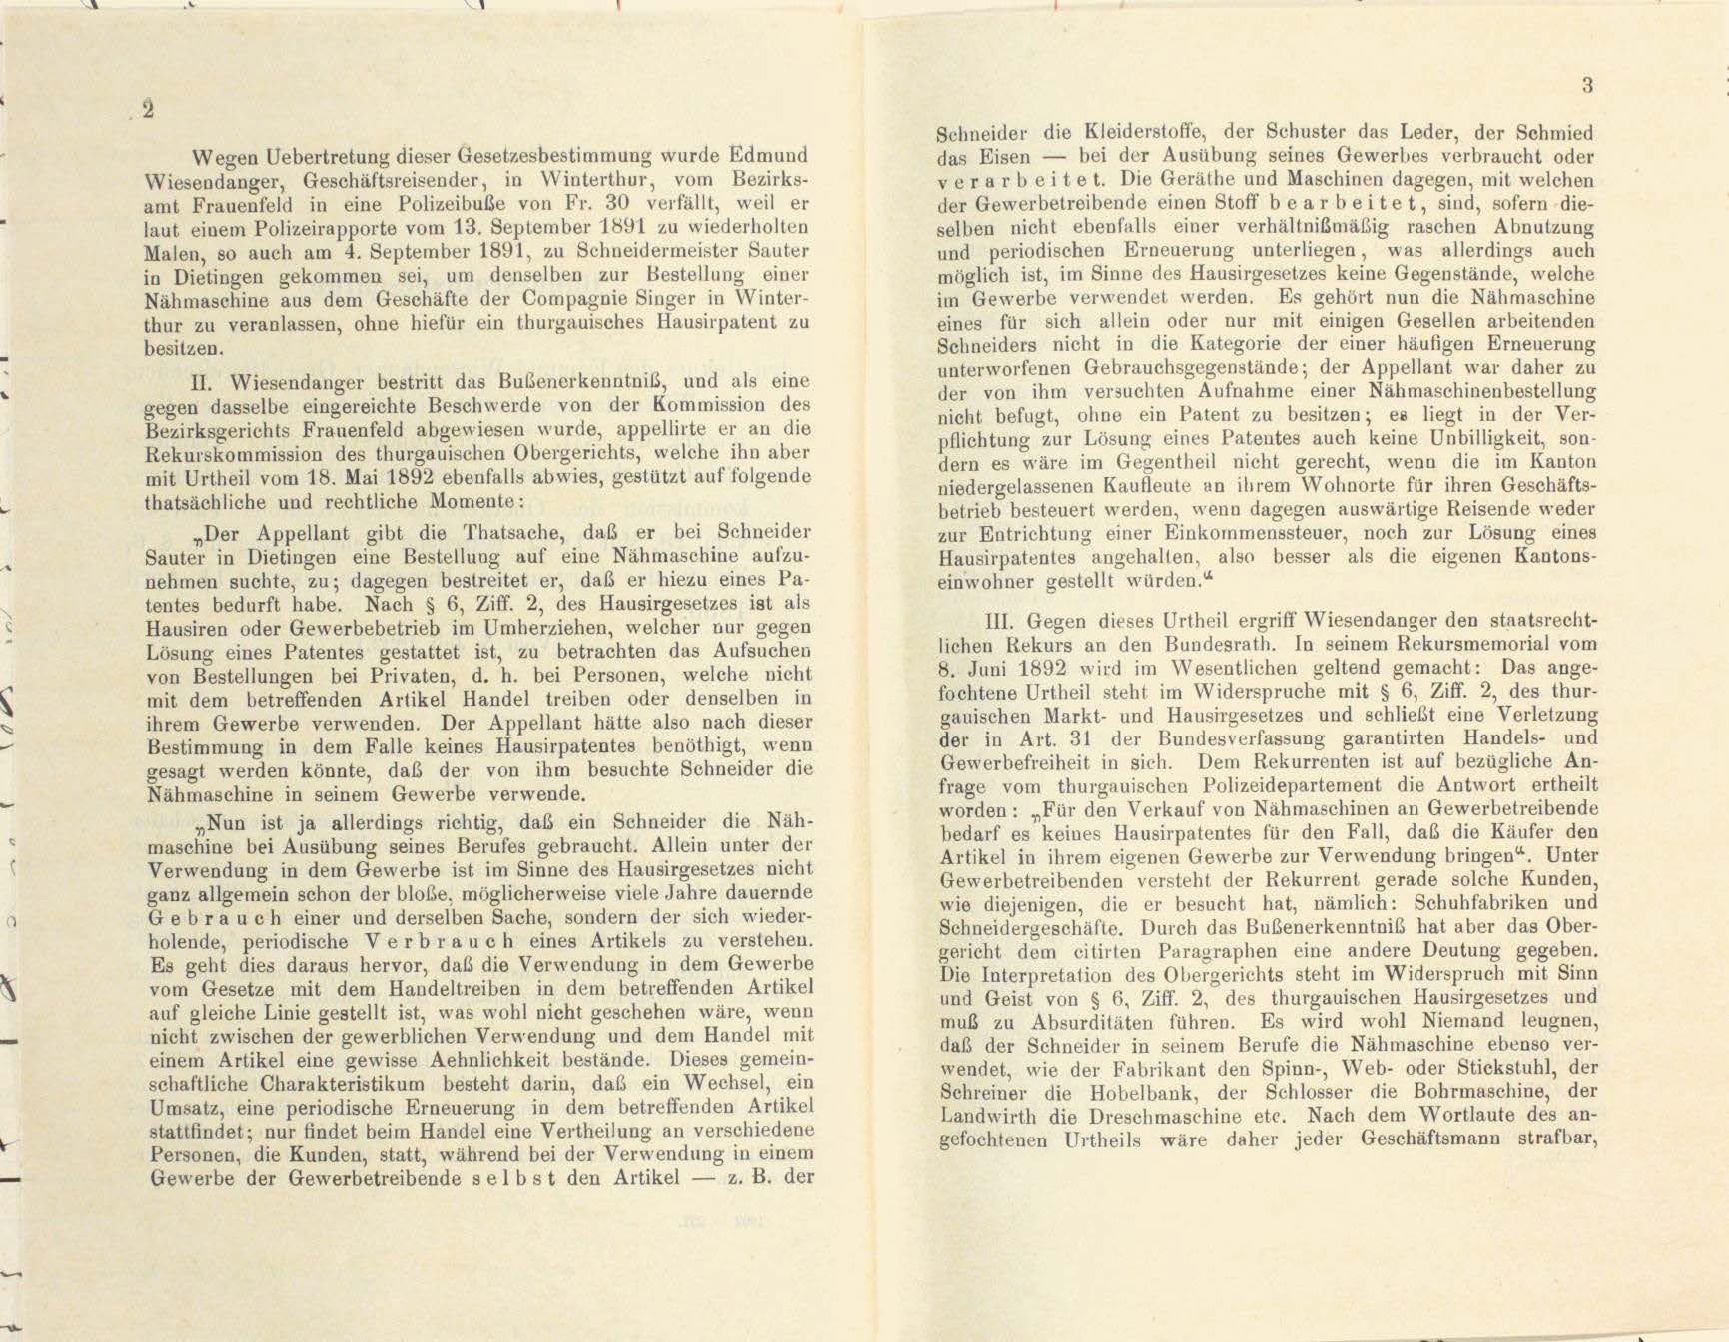
Schneider die Kleiderstoffe, der Schuster das Leder, der Schmied
das Eisen — bei der Ausübung seines Gewerbes verbraucht oder
Wegen Uebertretung dieser Gesetzesbestimmung wurde Edmund
verarbeitet. Die Geräthe und Maschinen dagegen, mit welchen
Wiesendanger, Geschäftsreisender, in Winterthur, vom Bezirks-
der Gewerbetreibende einen Stoff bearbeitet, sind, sofern die-
amt Frauenfeld in eine Polizeibuße von Fr. 30 verfällt, weil er
selben nicht ebenfalls einer verhältnißmäßig raschen Abnutzung
laut einem Polizeirapporte vom 13. September 1891 zu wiederholten
und periodischen Erneuerung unterliegen, was allerdings auch
Malen, so auch am 4. September 1891, zu Schneidermeister Sauter
möglich ist, im Sinne des Hausirgesetzes keine Gegenstände, welche
in Dietingen gekommen sei, um denselben zur Bestellung einer
im Gewerbe verwendet werden. Es gehört nun die Nähmaschine
Nähmaschine aus dem Geschäfte der Compagnie Singer in Winter-
eines für sich allein oder nur mit einigen Gesellen arbeitenden
thur zu veranlassen, ohne hiefür ein thurgauisches Hausirpatent zu
Schneiders nicht in die Kategorie der einer häufigen Erneuerung
besitzen.
unterworfenen Gebrauchsgegenstände; der Appellant war daher zu
II. Wiesendanger bestritt das Bubenerkenntniß, und als eine
der von ihm versuchten Aufnahme einer Nähmaschinenbestellung
gegen dasselbe eingereichte Beschwerde von der Kommission des
nicht befugt, ohne ein Patent zu besitzen; es liegt in der Ver-
Bezirksgerichts Frauenfeld abgewiesen wurde, appellirte er an die
pflichtung zur Lösung eines Patentes auch keine Unbilligkeit, son-
Rekurskommission des thurgauischen Obergerichts, welche ihn aber
dern es wäre im Gegentheil nicht gerecht, wenn die im Kanton
mit Urtheil vom 18. Mai 1892 ebenfalls abwies, gestützt auf folgende
niedergelassenen Kaufleute an ihrem Wohnorte für ihren Geschäfts-
thatsächliche und rechtliche Momente:
betrieb besteuert werden, wenn dagegen auswärtige Reisende weder
„Der Appellant gibt die Thatsache, daß er bei Schneider
zur Entrichtung einer Einkommenssteuer, noch zur Lösung eines
Sauter in Dietingen eine Bestellung auf eine Nähmaschine aufzu-
Hausirpatentes angehalten, also besser als die eigenen Kantons-
nehmen suchte, zu; dagegen bestreitet er, daß er hiezu eines Pa-
einwohner gestellt würden.“
tentes bedurft habe. Nach § 6, Ziff. 2, des Hausirgesetzes ist als
III. Gegen dieses Urtheil ergriff Wiesendanger den staatsrecht-
Hausiren oder Gewerbebetrieb im Umherziehen, welcher nur gegen
lichen Rekurs an den Bundesrath. In seinem Rekursmemorial vom
Lösung eines Patentes gestattet ist, zu betrachten das Aufsuchen
8. Juni 1892 wird im Wesentlichen geltend gemacht: Das ange-
von Bestellungen bei Privaten, d. h. bei Personen, welche nicht
fochtene Urtheil steht im Widerspruche mit § 6, Ziff. 2, des thur-
mit dem betreffenden Artikel Handel treiben oder denselben in
gauischen Markt- und Hausirgesetzes und schließt eine Verletzung
ihrem Gewerbe verwenden. Der Appellant hätte also nach dieser
der in Art. 31 der Bundesverfassung garantirten Handels- und
Bestimmung in dem Falle keines Hausirpatentes benöthigt, wenn
Gewerbefreiheit in sich. Dem Rekurrenten ist auf bezügliche An-
gesagt werden könnte, daß der von ihm besuchte Schneider die
frage vom thurgauischen Polizeidepartement die Antwort ertheilt
Nähmaschine in seinem Gewerbe verwende.
worden: „Für den Verkauf von Nähmaschinen an Gewerbetreibende
„Nun ist ja allerdings richtig, das ein Schneider die Näh-
bedarf es keines Hausirpatentes für den Fall, daß die Käufer den
maschine bei Ausübung seines Berufes gebraucht. Allein unter der
Artikel in ihrem eigenen Gewerbe zur Verwendung bringen“. Unter
Verwendung in dem Gewerbe ist im Sinne des Hausirgesetzes nicht
Gewerbetreibenden versteht der Rekurrent gerade solche Kunden,
ganz allgemein schon der bloße, möglicherweise viele Jahre dauernde
wie diejenigen, die er besucht hat, nämlich: Schuhfabriken und
Gebrauch einer und derselben Sache, sondern der sich wieder-
Schneidergeschäfte. Durch das Bubenerkenntnis hat aber das Ober-
holende, periodische Verbrauch eines Artikels zu verstehen.
gericht dem citirten Paragraphen eine andere Deutung gegeben.
Es geht dies daraus hervor, daß die Verwendung in dem Gewerbe
Die Interpretation des Obergerichts steht im Widerspruch mit Sinn
vom Gesetze mit dem Handeltreiben in dem betreffenden Artikel
und Geist von § 6, Ziff. 2, des thurgauischen Hausirgesetzes und
auf gleiche Linie gestellt ist, was wohl nicht geschehen wäre, wenn
muß zu Absurditäten führen. Es wird wohl Niemand leugnen,
nicht zwischen der gewerblichen Verwendung und dem Handel mit
daß der Schneider in seinem Berufe die Nähmaschine ebenso ver-
einem Artikel eine gewisse Aehnlichkeit bestände. Dieses gemein-
wendet, wie der Fabrikant den Spinn-, Web- oder Stickstuhl, der
schaftliche Charakteristikum besteht darin, daß ein Wechsel, ein
Schreiner die Hobelbank, der Schlosser die Bohrmaschine, der
Umsatz, eine periodische Erneuerung in dem betreffenden Artikel
Landwirth die Dreschmaschine etc. Nach dem Wortlaute des an-
stattfindet; nur findet beim Handel eine Vertheilung an verschiedene
gefochtenen Urtheils wäre daher jeder Geschäftsmann strafbar,
Personen, die Kunden, statt, während bei der Verwendung in einem
Gewerbe der Gewerbetreibende selbst den Artikel — z. B. der